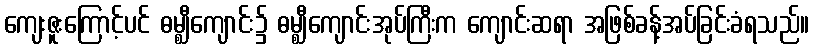
ကျေးဇူးကြောင့်ပင် ဓမ္ဈီကျောင်း၌ ဓမ္ဈီကျောင်းအုပ်ကြီးက ကျောင်းဆရာ အဖြစ်ခန့်အပ်ခြင်းခံရသည်။